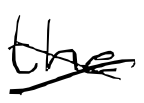
Text: the
Cross-out: cross
Writing tool: digital_black